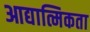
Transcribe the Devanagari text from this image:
आद्यात्मिकता